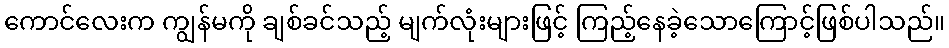
ကောင်လေးက ကျွန်မကို ချစ်ခင်သည့် မျက်လုံးများဖြင့် ကြည့်နေခဲ့သောကြောင့်ဖြစ်ပါသည်။